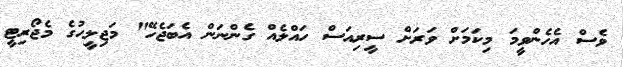
ވެސް އެހެންވީމަ މިކަމަށް ވަރަށް ސީރިއަސް ހައްލެއް ގެންނަން އެބަޖެހޭ" މަޖިލީހުގެ މެޖޯރިޓީ